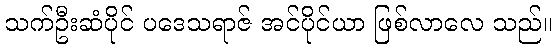
သက်ဦးဆံပိုင် ပဒေသရာဇ် အင်ပိုင်ယာ ဖြစ်လာလေ သည်။